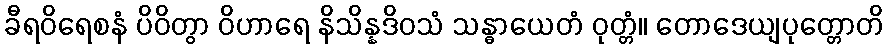
ခီရဝိရေစနံ ပိဝိတွာ ဝိဟာရေ နိသိန္နဒိဝသံ သန္ဓာယေတံ ဝုတ္တံ။ တောဒေယျပုတ္တောတိ